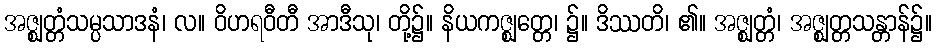
အဇ္ဈတ္တံသမ္ပသာဒနံ၊ လ။ ဝိဟရဝီတီ အာဒီသု၊ တို့၌။ နိယကဇ္ဈတ္တေ၊ ၌။ ဒိဿတိ၊ ၏။ အဇ္ဈတ္တံ၊ အဇ္ဈတ္တသန္တာန်၌။